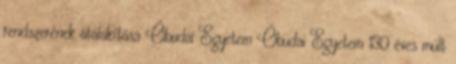
rendszerének átalakítása Óbudai Egyetem Óbudai Egyetem 130 éves múlt